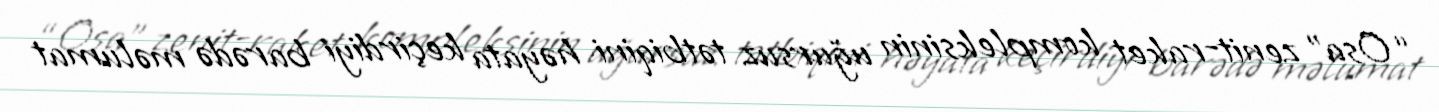
“Osa” zenit-raket kompleksinin uğursuz tətbiqini həyata keçirdiyi barədə məlumat